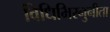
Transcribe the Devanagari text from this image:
विधिभिरनुनीता